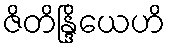
ဇိတိန္ဒြိယေဟိ